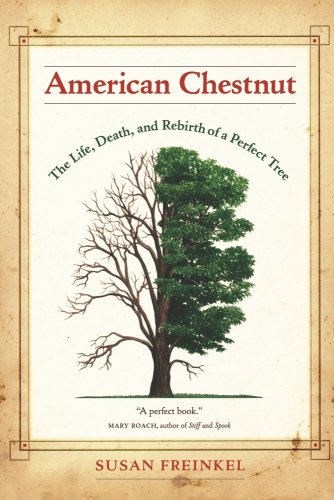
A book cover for American Chestnut: The Life, Death, and Rebirth of a Perfect Tree; Susan Freinkel; Crafts, Hobbies & Home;